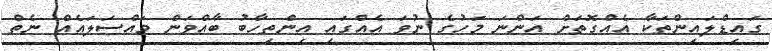
ގައިޑްލައިންތަކާ އެއްގޮތަށް އަންނަ މަހުގެ ނުވަ އެއްގައި އިންތިހާބު ބާއްވަން މައްސަލައެއް ނެތް